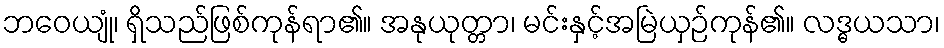
ဘဝေယျုံ၊ ရှိသည်ဖြစ်ကုန်ရာ၏။ အနုယုတ္တာ၊ မင်းနှင့်အမြဲယှဉ်ကုန်၏။ လဒ္ဓယသာ၊